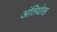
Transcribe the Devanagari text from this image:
अंतियोख